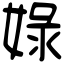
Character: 娽